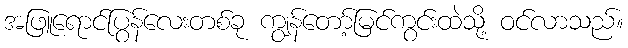
အဖြူရောင်ပြွန်လေးတစ်ခု ကျွန်တော့်မြင်ကွင်းထဲသို့ ဝင်လာသည်။